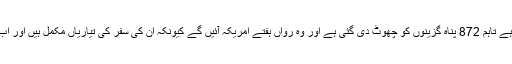
ان کا کہنا تھا کہ اگرچہ امریکہ کا پناہ گزین پروگرام اب معطل ہے تاہم 872 پناہ گزینوں کو چھوٹ دی گئی ہے اور وہ رواں ہفتے امریکہ آئیں گے کیونکہ ان کی سفر کی تیاریاں مکمل ہیں اور اب اس موقعے پر انہیں روکنا ان کی مشکلات میں اضافہ کرے گا۔